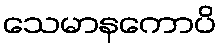
သေမာနကောပိ